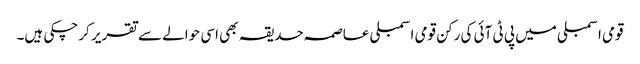
قومی اسمبلی میں پی ٹی آئی کی رکن قومی اسمبلی عاصمہ حدیقہ بھی اسی حوالے سے تقریر کرچکی ہیں۔